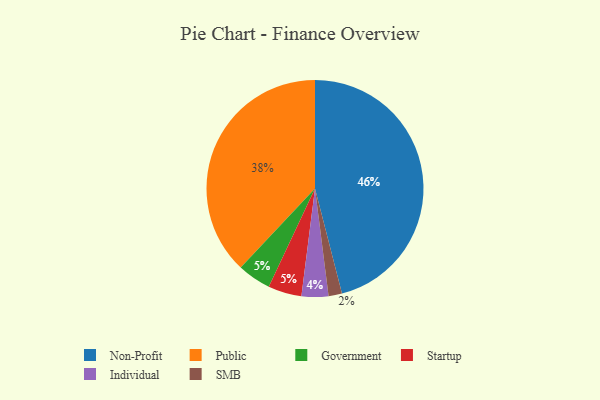
{"axis": {"x": "Category", "y": "Percentage"}, "legend": ["Government", "Individual", "Non-Profit", "Public", "SMB", "Startup"], "data": [{"x": "Non-Profit", "y": 46, "type": "Non-Profit"}, {"x": "Government", "y": 5, "type": "Government"}, {"x": "SMB", "y": 2, "type": "SMB"}, {"x": "Startup", "y": 5, "type": "Startup"}, {"x": "Individual", "y": 4, "type": "Individual"}, {"x": "Public", "y": 38, "type": "Public"}]}